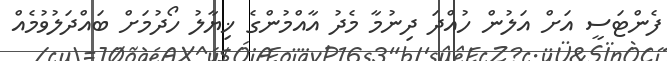
ފެންޓަސީ އަށް އަލުން ހުއްދަ ދިނުމާ މެދު އާއްމުންގެ ޚިޔާލު ހޯދުމަށް ބައްދަލުވުމެއް